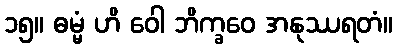
၁၅။ ဓမ္မံ ဟိ ဝေါ ဘိက္ခဝေ အနုဿရတံ။